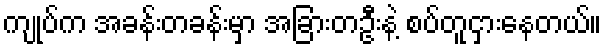
ကျုပ်က အခန်းတခန်းမှာ အခြားတဦးနဲ့ စပ်တူငှားနေတယ်။